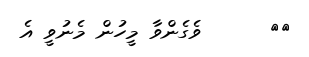
٧٩      ވެގެންވާ މީހުން މެނުވީ އެ